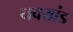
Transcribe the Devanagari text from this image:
नवखंड